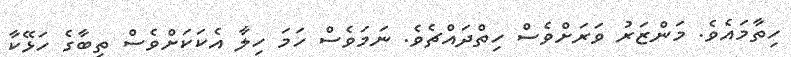
ހިތާމައެވެ. މަންޒަރު ވަރަށްވެސް ހިތްދައްޗެވެ. ނަމަވެސް ހަމަ ހިލާ އެކަަކަށްވެސް ތިބާގެ ހަޅޭކާ